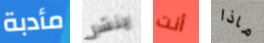
مأدبة ينشر أنت ماذا